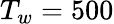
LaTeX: T_{w}=500